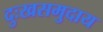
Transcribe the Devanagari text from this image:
दुःखसमुदाय